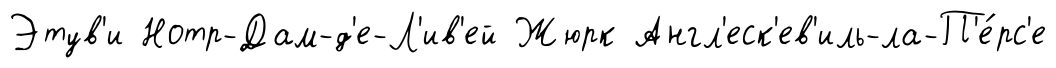
Этув'и Нотр-Дам-д'е-Л'ив'ей Жюрк Англ'еск'ев'иль-ла-П'е́рс'е